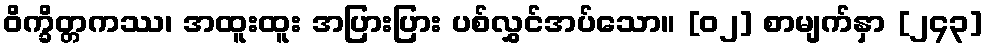
ဝိက္ခိတ္တကဿ၊ အထူးထူး အပြားပြား ပစ်လွှင်အပ်သော။ [၀၂] စာမျက်နှာ [၂၄၃]